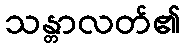
သန္တာလတ်၏